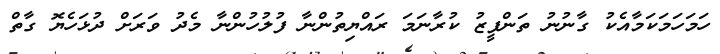
ހަމަހަމަކަމާއެކު ގާނުނު ތަންފީޒު ކުރާނަމަ ރައްޔިތުންނާ ފުލުހުންނާ މެދު ވަރަށް ދުޅަހެޔޮ ގާތް